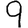
Digit: 9